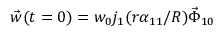
\vec { w } ( t = 0 ) = w _ { 0 } j _ { 1 } ( r \alpha _ { 1 1 } / R ) \vec { \Phi } _ { 1 0 }